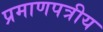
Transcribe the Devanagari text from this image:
प्रमाणपत्रीय